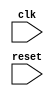
module AXI_Controller(
    input clk,
    input reset,
    // Add other input and output ports here as needed
);

// Add code for creating and controlling clock signals

// Add code for managing data transfer rates

// Add code for handling communication protocols

// Add code for bus arbitration

// Add code for error checking

// Add code for flow control

// Add code for overall timing control and synchronization

endmodule